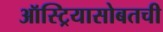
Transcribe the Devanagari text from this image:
ऑस्ट्रियासोबतची